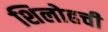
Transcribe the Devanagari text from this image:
शिलोहची